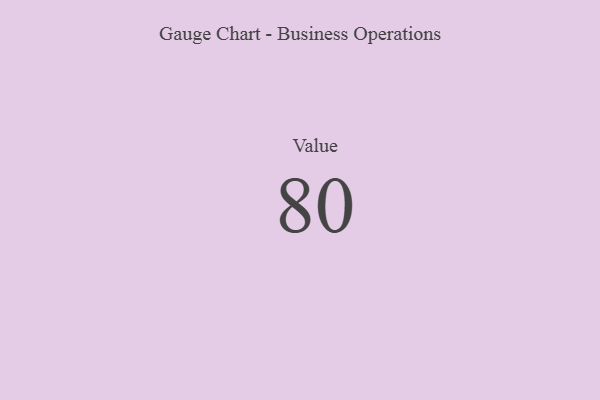
{"axis": {"x": "Metric", "y": "Value"}, "legend": [""], "data": [{"x": "Value", "y": 80, "type": ""}]}